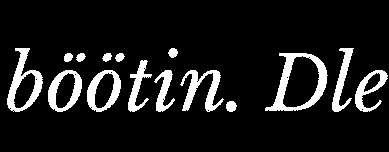
böötin. Dle